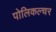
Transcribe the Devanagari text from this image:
पोलिकल्चर